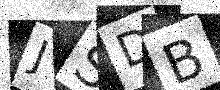
Text: JSDB